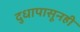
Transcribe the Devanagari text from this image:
दुधापासूनही